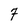
Character: 7